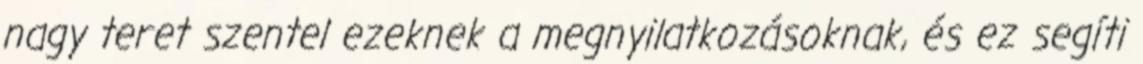
nagy teret szentel ezeknek a megnyilatkozásoknak, és ez segíti